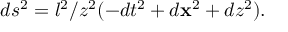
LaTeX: d s ^ { 2 } = l ^ { 2 } / z ^ { 2 } ( - d t ^ { 2 } + d { \bf x } ^ { 2 } + d z ^ { 2 } ) .